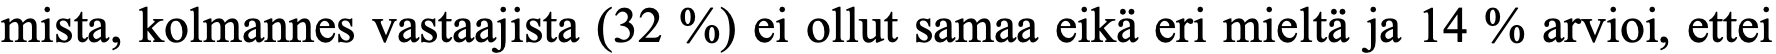
mista, kolmannes vastaajista (32 %) ei ollut samaa eikä eri mieltä ja 14 % arvioi, ettei